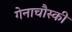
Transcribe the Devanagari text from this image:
गेनाचौस्की